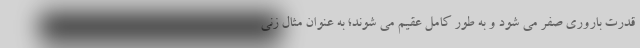
قدرت باروری صفر می شود و به طور کامل عقیم می شوند؛ به عنوان مثال زنی